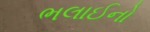
ભલાઈનો